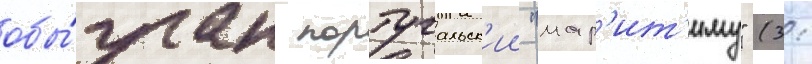
обы́гран португальск'ии "мар'ит'иму" (3: